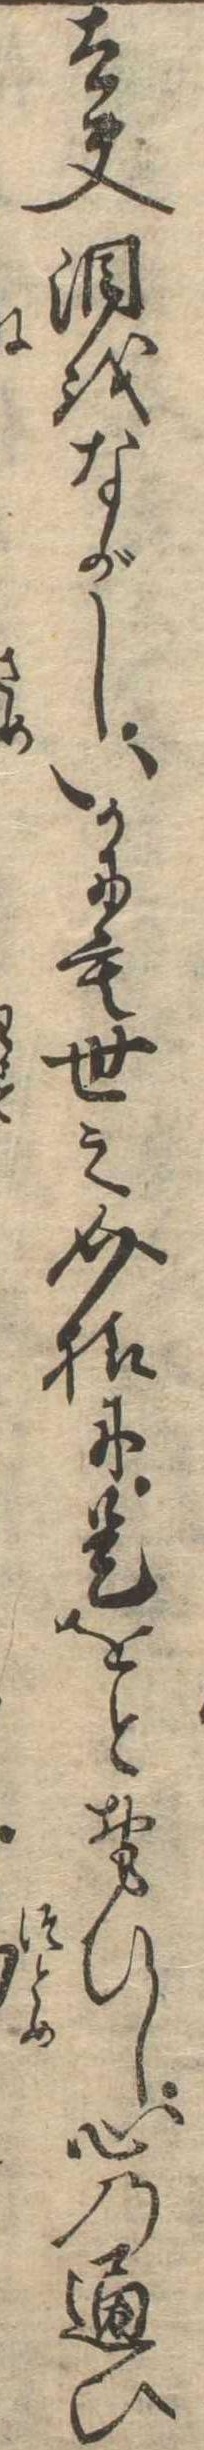
太夫涙をながしいかにも世之介様に是をとおもひし心の通ひ